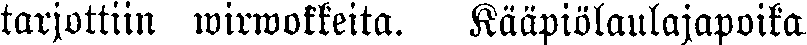
tarjottiin wirwokkeita. Kääpiölaulajapoika